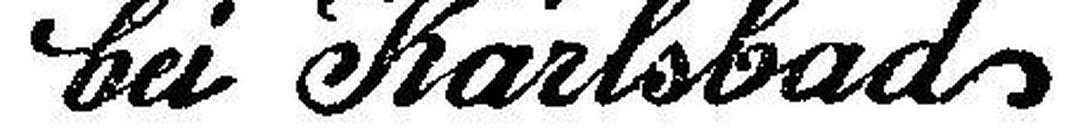
bei Karlsbad